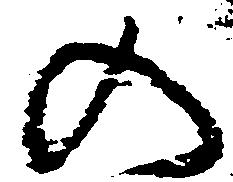
の